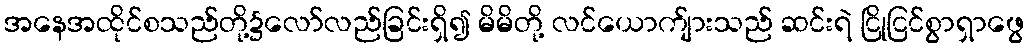
အနေအထိုင်စသည်တို့၌လော်လည်ခြင်းရှိ၍ မိမိတို့ လင်ယောက်ျားသည် ဆင်းရဲ ငြိုငြင်စွာရှာဖွေ